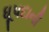
ધૂપદાની